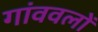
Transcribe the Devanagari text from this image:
गांववलों